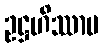
ဥဋ္ဌဟိဿာမ